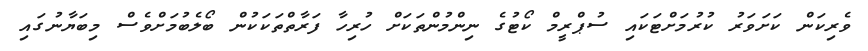
ވެރިކަން ކަށަވަރު ކުރުމަށްޓަކައި ސުޕްރީމް ކޯޓުގެ ނިންމުންތަކަށް ހުރިހާ ފަރާތްތަކަކުން ބޯލެބުމަށްވެސް މިބަޔާނުގައި